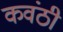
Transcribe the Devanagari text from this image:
कवंठी